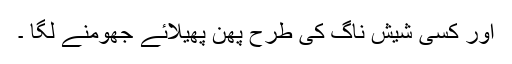
اور کسی شیش ناگ کی طرح پھن پھیلائے جھومنے لگا ۔